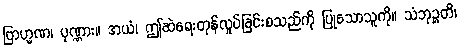
ဗြာဟ္မဏ၊ ပုဏ္ဏား။ အယံ၊ ဤဆဲရေးတုန်လှုပ်ခြင်းစသည်ကို ပြုသောသူကို။ သံဘုဉ္ဇတိ၊